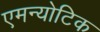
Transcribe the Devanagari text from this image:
एमन्योटिक